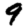
Digit: 9